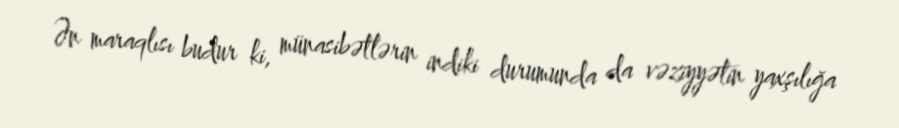
Ən maraqlısı budur ki, münasibətlərin indiki durumunda da vəziyyətin yaxşılığa